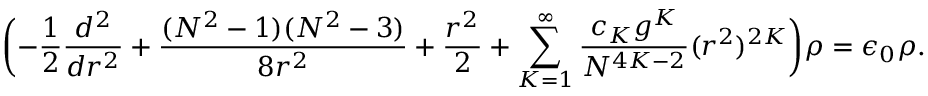
\biggl ( - \frac { 1 } { 2 } \frac { d ^ { 2 } } { d r ^ { 2 } } + \frac { ( N ^ { 2 } - 1 ) ( N ^ { 2 } - 3 ) } { 8 r ^ { 2 } } + \frac { r ^ { 2 } } { 2 } + \sum _ { K = 1 } ^ { \infty } \frac { c _ { K } g ^ { K } } { N ^ { 4 K - 2 } } ( r ^ { 2 } ) ^ { 2 K } \biggr ) \rho = \epsilon _ { 0 } \rho .